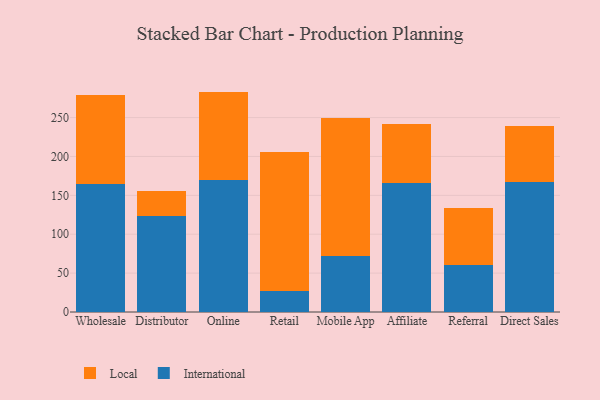
{"axis": {"x": "Channel", "y": "Backlog"}, "legend": ["International", "Local"], "data": [{"x": "Wholesale", "y": 164.7, "type": "International"}, {"x": "Wholesale", "y": 114.2, "type": "Local"}, {"x": "Distributor", "y": 123.6, "type": "International"}, {"x": "Distributor", "y": 32.5, "type": "Local"}, {"x": "Online", "y": 169.1, "type": "International"}, {"x": "Online", "y": 114.3, "type": "Local"}, {"x": "Retail", "y": 27.3, "type": "International"}, {"x": "Retail", "y": 177.8, "type": "Local"}, {"x": "Mobile App", "y": 71.8, "type": "International"}, {"x": "Mobile App", "y": 177.5, "type": "Local"}, {"x": "Affiliate", "y": 165.5, "type": "International"}, {"x": "Affiliate", "y": 76.8, "type": "Local"}, {"x": "Referral", "y": 59.9, "type": "International"}, {"x": "Referral", "y": 73.8, "type": "Local"}, {"x": "Direct Sales", "y": 166.6, "type": "International"}, {"x": "Direct Sales", "y": 72.2, "type": "Local"}]}